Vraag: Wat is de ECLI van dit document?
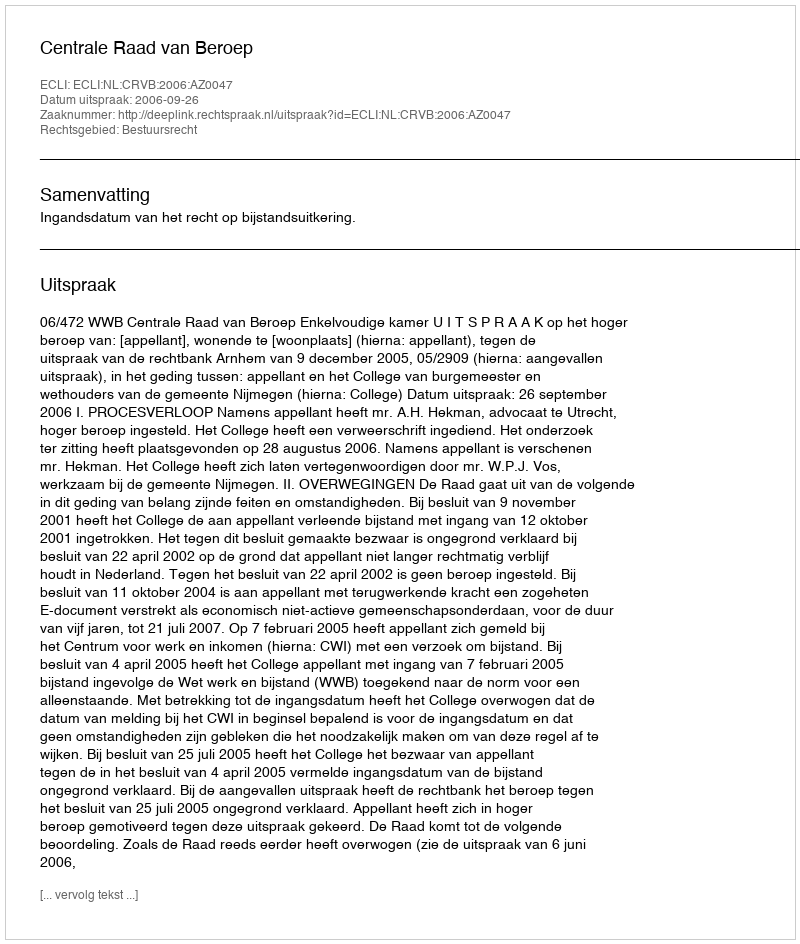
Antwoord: ECLI:NL:CRVB:2006:AZ0047